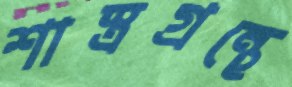
শাস্ত্রগ্রন্থে